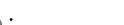
: